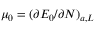
\mu _ { 0 } = ( \partial E _ { 0 } / \partial N ) _ { a , L }